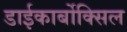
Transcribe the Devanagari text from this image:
डाईकार्बोक्सिल